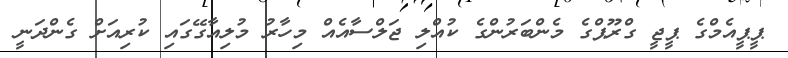
ޕީޕީއެމްގެ ޕީޖީ ގްރޫޕްގެ މެންބަރުންގެ ކުއްލި ޖަލްސާއެއް މިހާރު މުލިއާގޭގައި ކުރިއަށް ގެންދަނީ